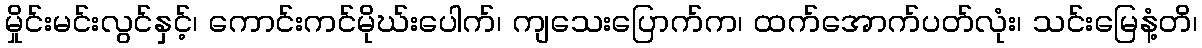
မှိုင်းမင်းလွင်နှင့်၊ ကောင်းကင်မိုဃ်းပေါက်၊ ကျသေးပြောက်က၊ ထက်အောက်ပတ်လုံး၊ သင်းမြေနံ့တိ၊